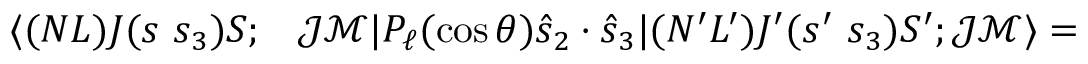
\begin{array} { r l } { \langle ( N L ) J ( s ~ s _ { 3 } ) S ; } & { { } \mathcal { J } \mathcal { M } | P _ { \ell } ( \cos \theta ) \hat { s } _ { 2 } \cdot \hat { s } _ { 3 } | ( N ^ { \prime } L ^ { \prime } ) J ^ { \prime } ( s ^ { \prime } ~ s _ { 3 } ) S ^ { \prime } ; \mathcal { J } \mathcal { M } \rangle = } \end{array}